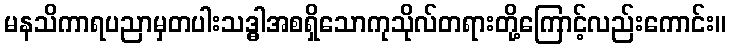
မနသိကာရပညာမှတပါးသဒ္ဓါအစရှိသောကုသိုလ်တရားတို့ကြောင့်လည်းကောင်း။